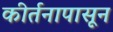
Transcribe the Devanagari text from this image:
कीर्तनापासून